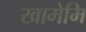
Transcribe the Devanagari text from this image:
खामेमि